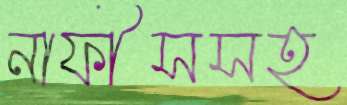
নাফীসসহ